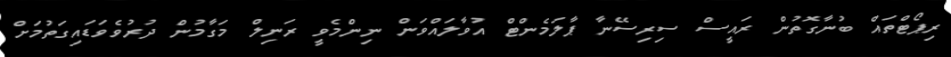
ރިޕޯޓްތައް ބުނާގޮތުން ރައީސް ސިރިސޭނާ ޕާލަމެންޓް އުވާލައްވަން ނިންމެވީ ރަނިލް މަގާމުން ދުރުވެވަޑައިގަތުމަށް